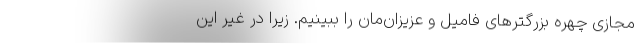
مجازی چهره بزرگترهای فامیل و عزیزان‌مان را ببینیم. زیرا در غیر این